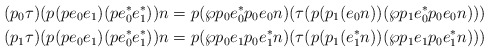
\begin{align*}(p_0\tau) (p (p e_0 e_1) (p e_0^{\ast} e_1^{\ast})) n & = p(\wp p_0 e_0^{\ast} p_0 e_0 n) (\tau(p (p_1 (e_0n)) (\wp p_1 e_0^{\ast} p_0 e_0 n))) \\(p_1\tau) (p (p e_0 e_1) (p e_0^{\ast} e_1^{\ast})) n & = p (\wp p_0 e_1 p_0 e_1^{\ast} n )(\tau(p (p_1 (e_1^{\ast} n)) (\wp p_1 e_1 p_0 e_1^{\ast} n))) \end{align*}